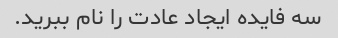
سه فایده ایجاد عادت را نام ببرید.